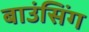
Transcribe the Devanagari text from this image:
बाउंसिंग